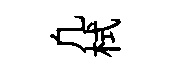
凢栻